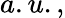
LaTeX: a.u.,